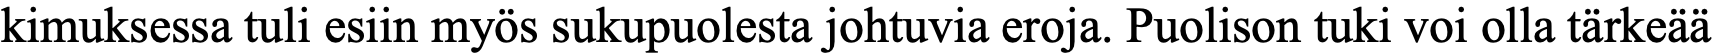
kimuksessa tuli esiin myös sukupuolesta johtuvia eroja. Puolison tuki voi olla tärkeää